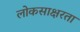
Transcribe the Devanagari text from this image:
लोकसाक्षरता